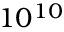
1 0 ^ { 1 0 }